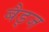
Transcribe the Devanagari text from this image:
बैड्ज